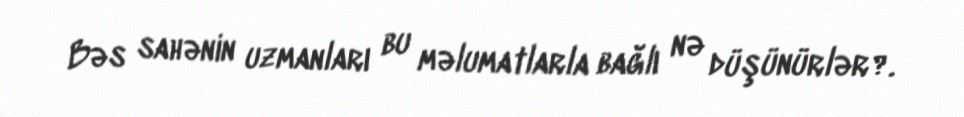
Bəs sahənin uzmanları bu məlumatlarla bağlı nə düşünürlər?.